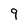
Character: 9